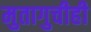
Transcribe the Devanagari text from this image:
मुतागुचीही